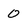
Character: 0